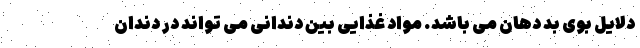
دلایل بوی بد دهان می باشد. مواد غذایی بین دندانی می تواند در دندان